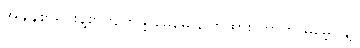
အချိန်စာရင်းနဲ့စာကျက်ဖို့ မေမေ ပြောထား တာကို မမေ့ပါနဲ့။